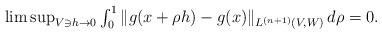
LaTeX: \begin{align*} \limsup\nolimits_{ V \ni h \to 0 } \textstyle\int^1_0 \|g(x+\rho h) - g(x)\|_{ L^{(n+1)}(V,W) } \, d\rho =0.\end{align*}